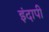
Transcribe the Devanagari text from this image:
इंदापी